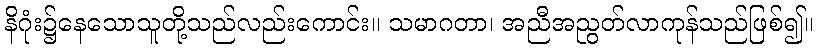
နိဂုံး၌နေသောသူတို့သည်လည်းကောင်း။ သမာဂတာ၊ အညီအညွတ်လာကုန်သည်ဖြစ်၍။